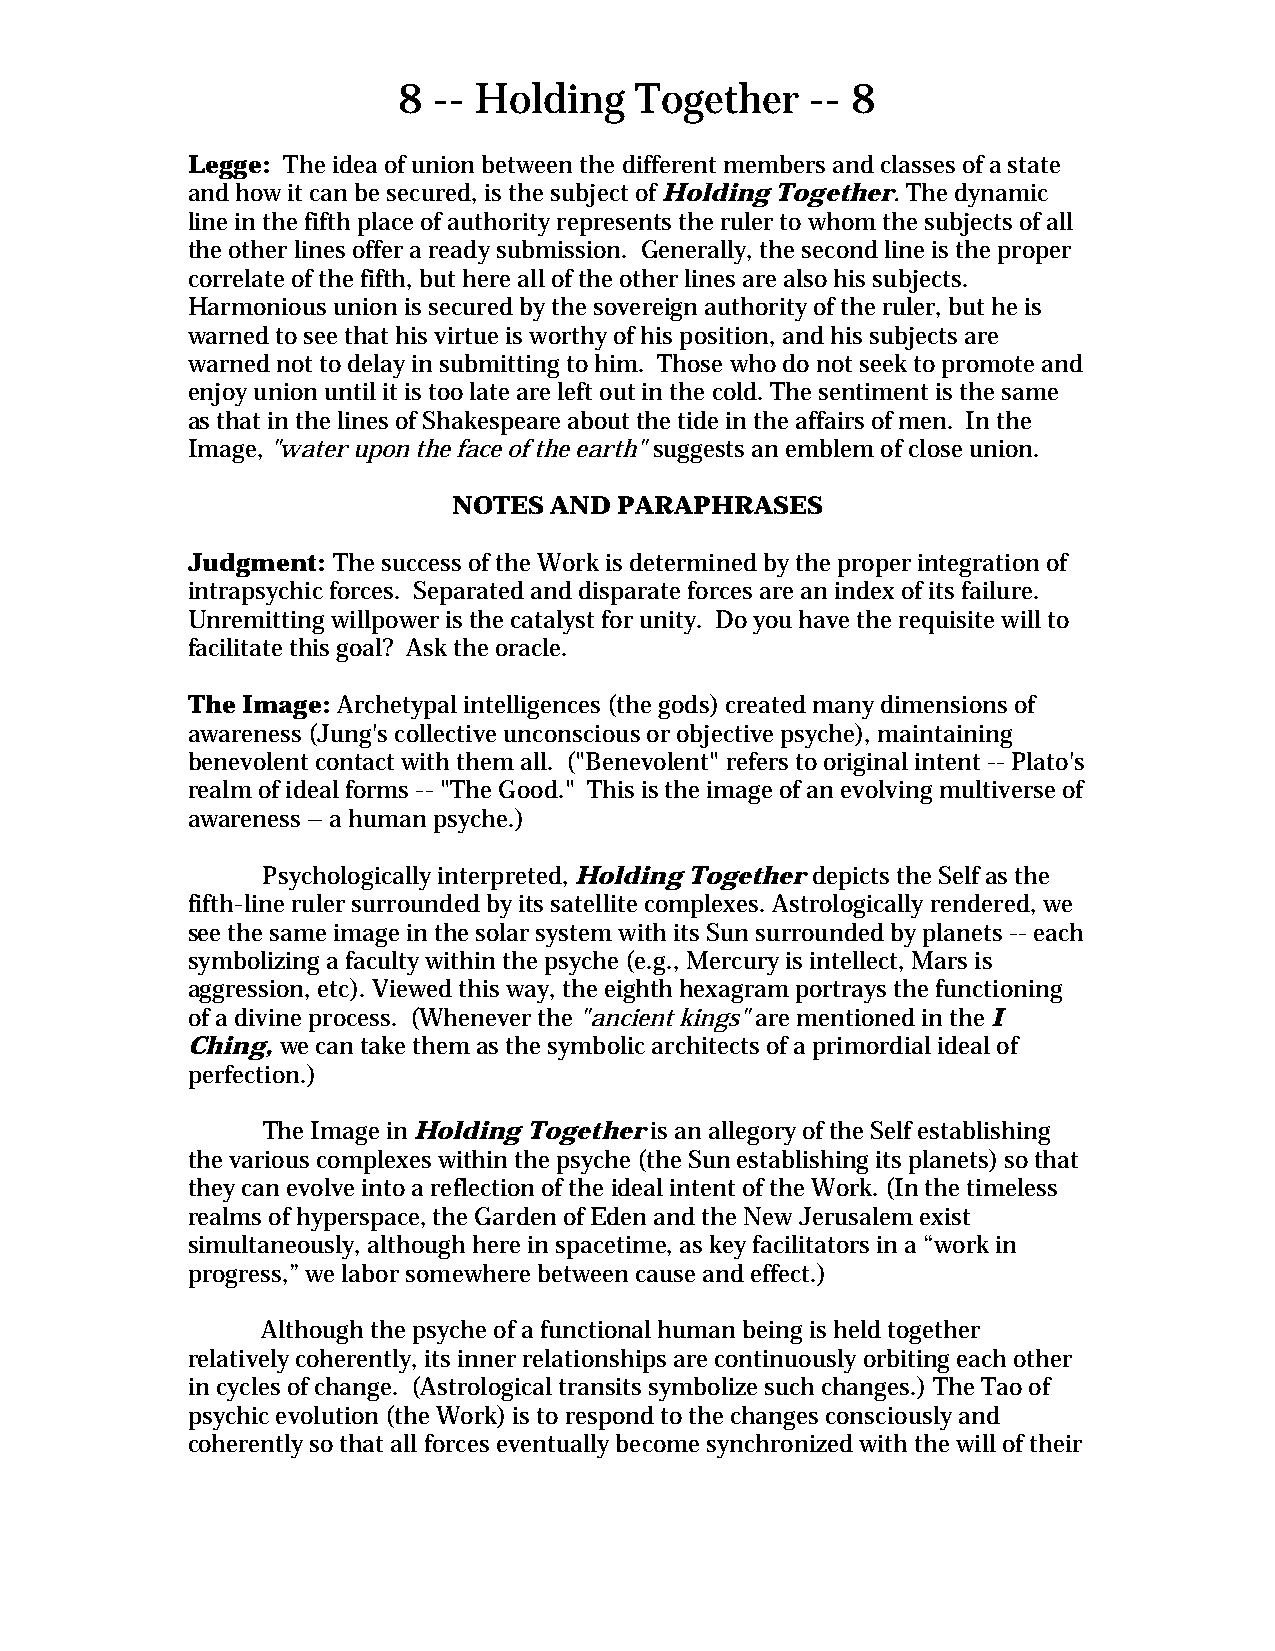
8  -- Holding   Together    -- 8
 Legge: The idea of union between the different members and classes of a state
 and how it can be secured, is the subject of Holding Together. The dynamic
 line in the fifth place of authority represents the ruler to whom the subjects of all
 the other lines offer a ready submission. Generally, the second line is the proper
 correlate of the fifth, but here all of the other lines are also his subjects.
 Harmonious union is secured by the sovereign authority of the ruler, but he is
 warned to see that his virtue is worthy of his position, and his subjects are
 warned not to delay in submitting to him. Those who do not seek to promote and
 enjoy union until it is too late are left out in the cold. The sentiment is the same
 as that in the lines of Shakespeare about the tide in the affairs of men. In the
 Image, "water upon the face of the earth" suggests an emblem of close union.
 NOTES AND  PARAPHRASES
 Judgment: The success of the Work is determined by the proper integration of
 intrapsychic forces. Separated and disparate forces are an index of its failure.
 Unremitting willpower is the catalyst for unity. Do you have the requisite will to
 facilitate this goal? Ask the oracle.
 The Image: Archetypal intelligences (the gods) created many dimensions of
 awareness (Jung's collective unconscious or objective psyche), maintaining
 benevolent contact with them all. ("Benevolent" refers to original intent -- Plato's
 realm of ideal forms -- "The Good." This is the image of an evolving multiverse of
 awareness – a human psyche.)
 Psychologically interpreted, Holding Together depicts the Self as the
 fifth-line ruler surrounded by its satellite complexes. Astrologically rendered, we
 see the same image in the solar system with its Sun surrounded by planets -- each
 symbolizing a faculty within the psyche (e.g., Mercury is intellect, Mars is
 aggression, etc). Viewed this way, the eighth hexagram portrays the functioning
 of a divine process. (Whenever the "ancient kings" are mentioned in the I
 Ching, we can take them as the symbolic architects of a primordial ideal of
 perfection.)
 The Image in Holding Together is an allegory of the Self establishing
 the various complexes within the psyche (the Sun establishing its planets) so that
 they can evolve into a reflection of the ideal intent of the Work. (In the timeless
 realms of hyperspace, the Garden of Eden and the New Jerusalem exist
 simultaneously, although here in spacetime, as key facilitators in a “work in
 progress,” we labor somewhere between cause and effect.)
 Although the psyche of a functional human being is held together
 relatively coherently, its inner relationships are continuously orbiting each other
 in cycles of change. (Astrological transits symbolize such changes.) The Tao of
 psychic evolution (the Work) is to respond to the changes consciously and
 coherently so that all forces eventually become synchronized with the will of their